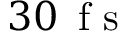
3 0 \, \mathrm { ~ f ~ s ~ }